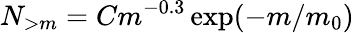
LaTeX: N_{>m}=Cm^{-0.3}\exp(-m/m_{0})